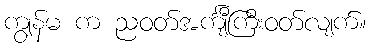
ကျွန်မ က ညဝတ်အင်္ကျီကြီးဝတ်လျက်။